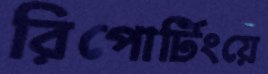
রিপোর্টিংয়ে